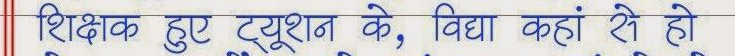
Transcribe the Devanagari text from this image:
शिक्षक हुए ट्यूशन के, विद्या कहां से हो